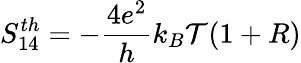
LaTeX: S_{14}^{th}=-\frac{4e^{2}}{h}k_{B}\mathcal{T}(1+R)